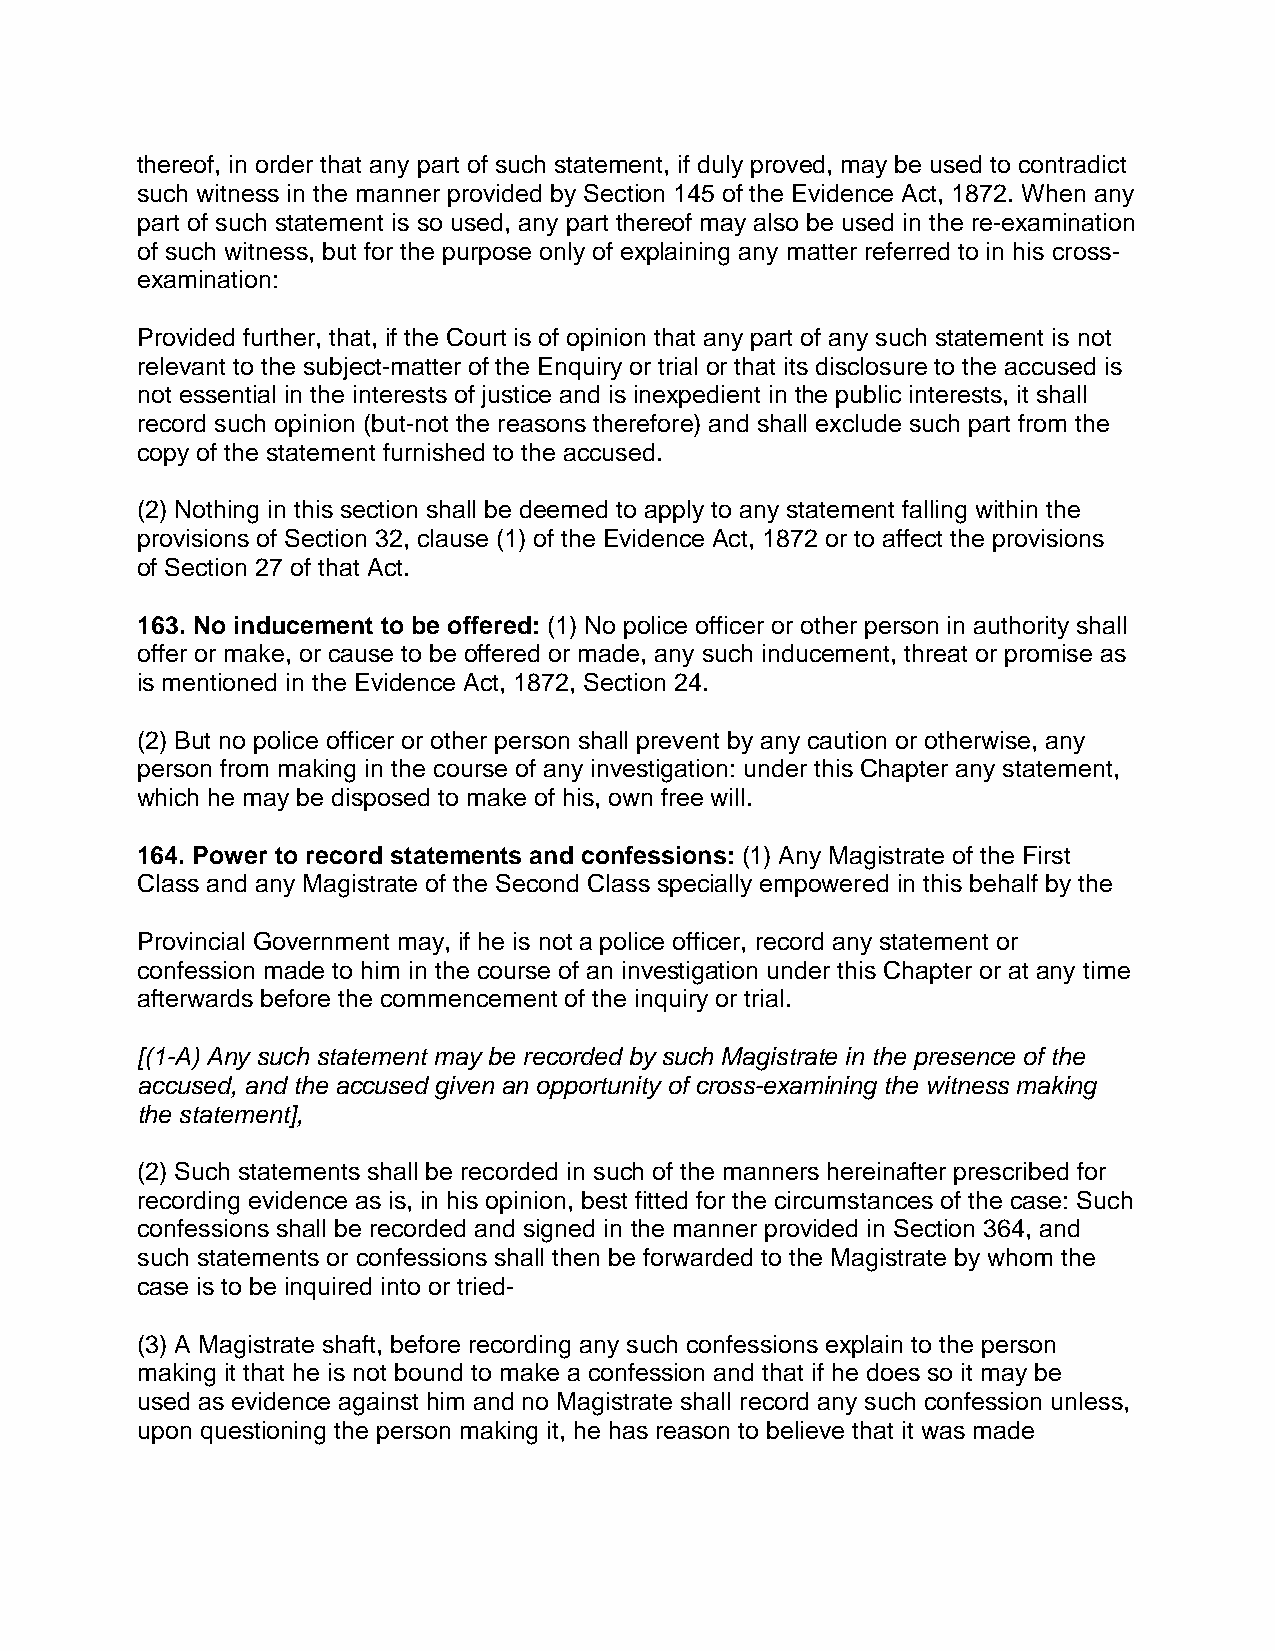
thereof, in order that any part of such statement, if duly proved, may be used to contradict
 such witness in the manner provided by Section 145 of the Evidence Act, 1872. When any
 part of such statement is so used, any part thereof may also be used in the re-examination
 of such witness, but for the purpose only of explaining any matter referred to in his cross-
 examination:
 Provided further, that, if the Court is of opinion that any part of any such statement is not
 relevant to the subject-matter of the Enquiry or trial or that its disclosure to the accused is
 not essential in the interests of justice and is inexpedient in the public interests, it shall
 record such opinion (but-not the reasons therefore) and shall exclude such part from the
 copy of the statement furnished to the accused.
 (2) Nothing in this section shall be deemed to apply to any statement falling within the
 provisions of Section 32, clause (1) of the Evidence Act, 1872 or to affect the provisions
 of Section 27 of that Act.
 163. No inducement to be offered: (1) No police officer or other person in authority shall
 offer or make, or cause to be offered or made, any such inducement, threat or promise as
 is mentioned in the Evidence Act, 1872, Section 24.
 (2) But no police officer or other person shall prevent by any caution or otherwise, any
 person from making in the course of any investigation: under this Chapter any statement,
 which he may be disposed to make of his, own free will.
 164. Power to record statements and confessions: (1) Any Magistrate of the First
 Class and any Magistrate of the Second Class specially empowered in this behalf by the
 Provincial Government may, if he is not a police officer, record any statement or
 confession made to him in the course of an investigation under this Chapter or at any time
 afterwards before the commencement of the inquiry or trial.
 [(1-A) Any such statement may be recorded by such Magistrate in the presence of the
 accused, and the accused given an opportunity of cross-examining the witness making
 the statement],
 (2) Such statements shall be recorded in such of the manners hereinafter prescribed for
 recording evidence as is, in his opinion, best fitted for the circumstances of the case: Such
 confessions shall be recorded and signed in the manner provided in Section 364, and
 such statements or confessions shall then be forwarded to the Magistrate by whom the
 case is to be inquired into or tried-
 (3) A Magistrate shaft, before recording any such confessions explain to the person
 making it that he is not bound to make a confession and that if he does so it may be
 used as evidence against him and no Magistrate shall record any such confession unless,
 upon questioning the person making it, he has reason to believe that it was made